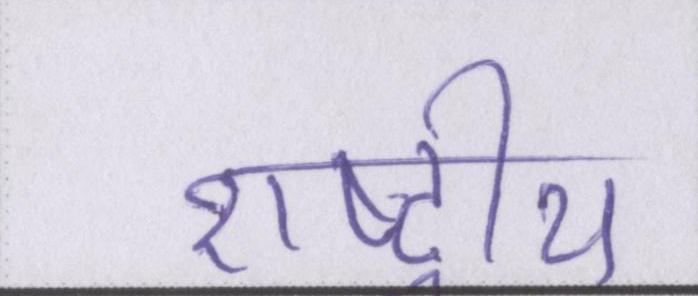
राष्ट्रीय